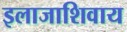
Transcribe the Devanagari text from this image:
इलाजाशिवाय